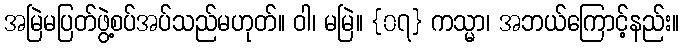
အမြဲမပြတ်ဖွဲ့စပ်အပ်သည်မဟုတ်။ ဝါ၊ မမြဲ။ {၀၇} ကသ္မာ၊ အဘယ်ကြောင့်နည်း။